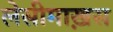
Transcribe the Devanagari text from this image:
लेसीमाख़स